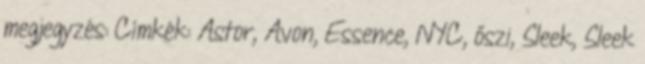
megjegyzés: Címkék: Astor, Avon, Essence, NYC, őszi, Sleek, Sleek